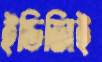
ইডিজিই